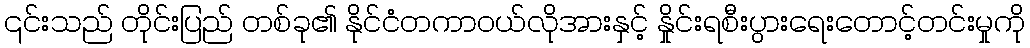
၎င်းသည် တိုင်းပြည် တစ်ခု၏ နိုင်ငံတကာဝယ်လိုအားနှင့် နှိုင်းရစီးပွားရေးတောင့်တင်းမှုကို